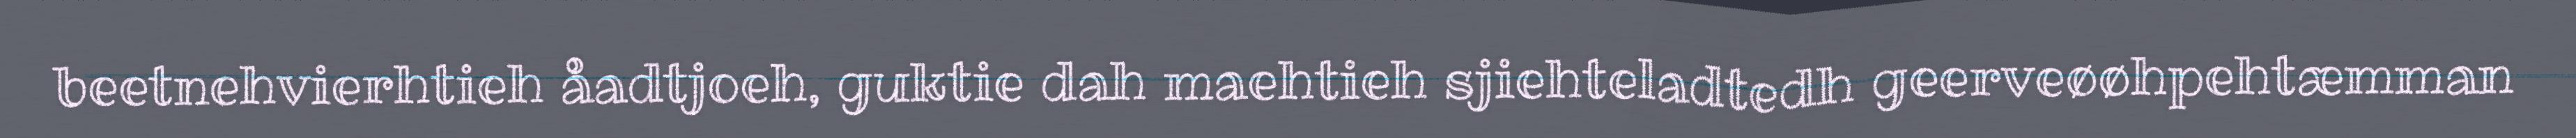
beetnehvierhtieh åadtjoeh, guktie dah maehtieh sjiehteladtedh geerveøøhpehtæmman